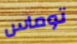
توماس